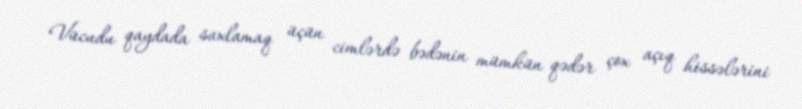
Vücudu qaydada saxlamaq üçün cimlərdə bədənin mümkün qədər çox açıq hissələrini